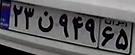
۲۳ن۹۴۹۶۵